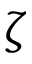
\zeta